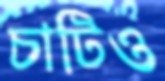
চাটিও